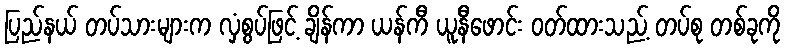
ပြည်နယ် တပ်သားများက လှံစွပ်ဖြင့် ချိန်ကာ ယန်ကီ ယူနီဖောင်း ဝတ်ထားသည့် တပ်စု တစ်ခုကို